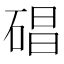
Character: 𥓥